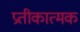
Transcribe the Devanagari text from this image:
प्रतीकात्‍मक